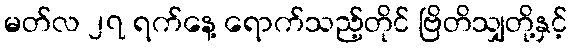
မတ်လ ၂၇ ရက်နေ့ ရောက်သည့်တိုင် ဗြိတိသျှတို့နှင့်